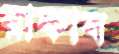
রাকাব